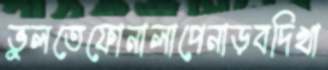
ভুলতেফোনালাপেনাড়বদিখা